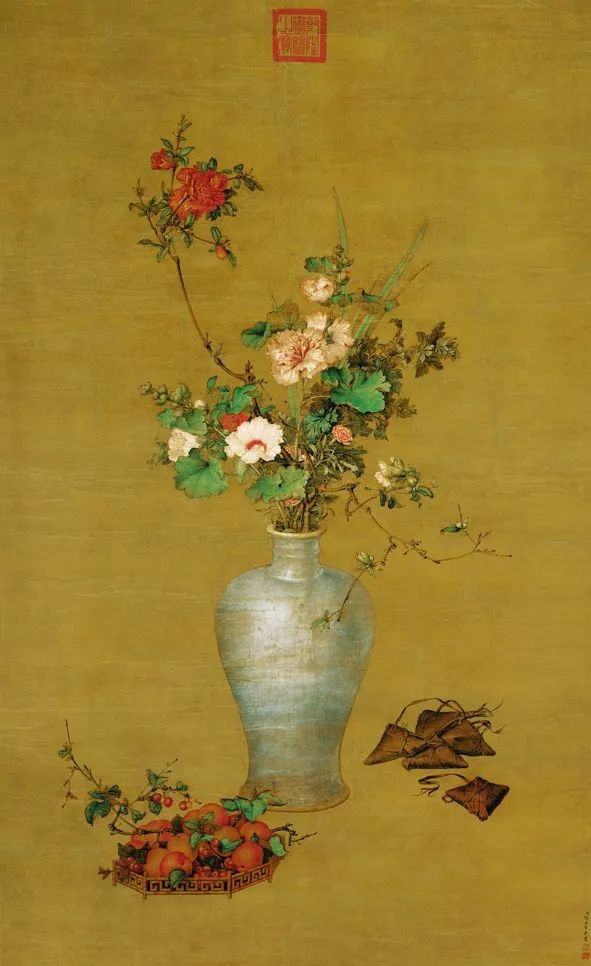
绿杨带雨垂垂重。五色新丝缠角粽。